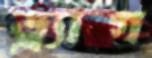
ড্র্যাগ